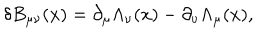
\delta B _ { \mu \nu } ( x ) = \partial _ { \mu } \Lambda _ { \nu } ( x ) - \partial _ { \nu } \Lambda _ { \mu } ( x ) ,